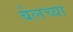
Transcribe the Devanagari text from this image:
बेलच्या